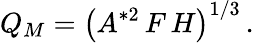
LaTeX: Q_{M}=\left(A^{*2}\, F\, H\right)^{1/3}\, .